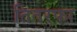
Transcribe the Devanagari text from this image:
तितरफा